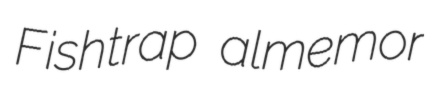
Fishtrap almemor